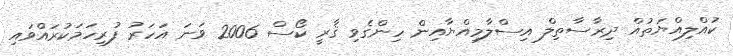
ކުއްލިއްޔަތުއް ދިރާސާތިލް އިސްލާމިއްޔާއިން ހިންގެވި ޤާރީ ކޯސް 2006 ވަނަ އަހަރު ފުރިހަމަކުރައްވައި